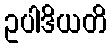
ဥပါဒိယတိ